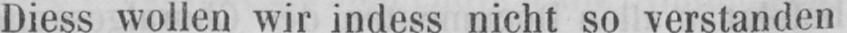
Diess wollen wir indess nicht so verstanden